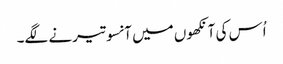
اُس کی آنکھوں میں آنسو تیرنے لگے۔